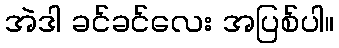
အဲဒါ ခင်ခင်လေး အပြစ်ပါ။